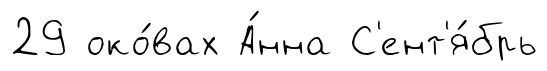
29 око́вах А́нна С'ент'я́брь